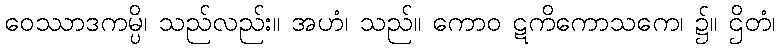
ဝေဿာဒကမ္ပိ၊ သည်လည်း။ အဟံ၊ သည်။ ကောဝ ဋကိကောသကေ၊ ၌။ ဌိတံ၊